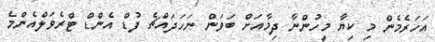
އަހަރެމެން މި ކިޔާ މީހުންނާ ދިމާއަށް ބަވަން ނަހަދައްޗެ ފުޑް އެންޑް ޓްރެވަލްއެންމެ